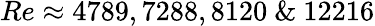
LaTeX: Re\approx 4789,7288,8120~\& ~12216